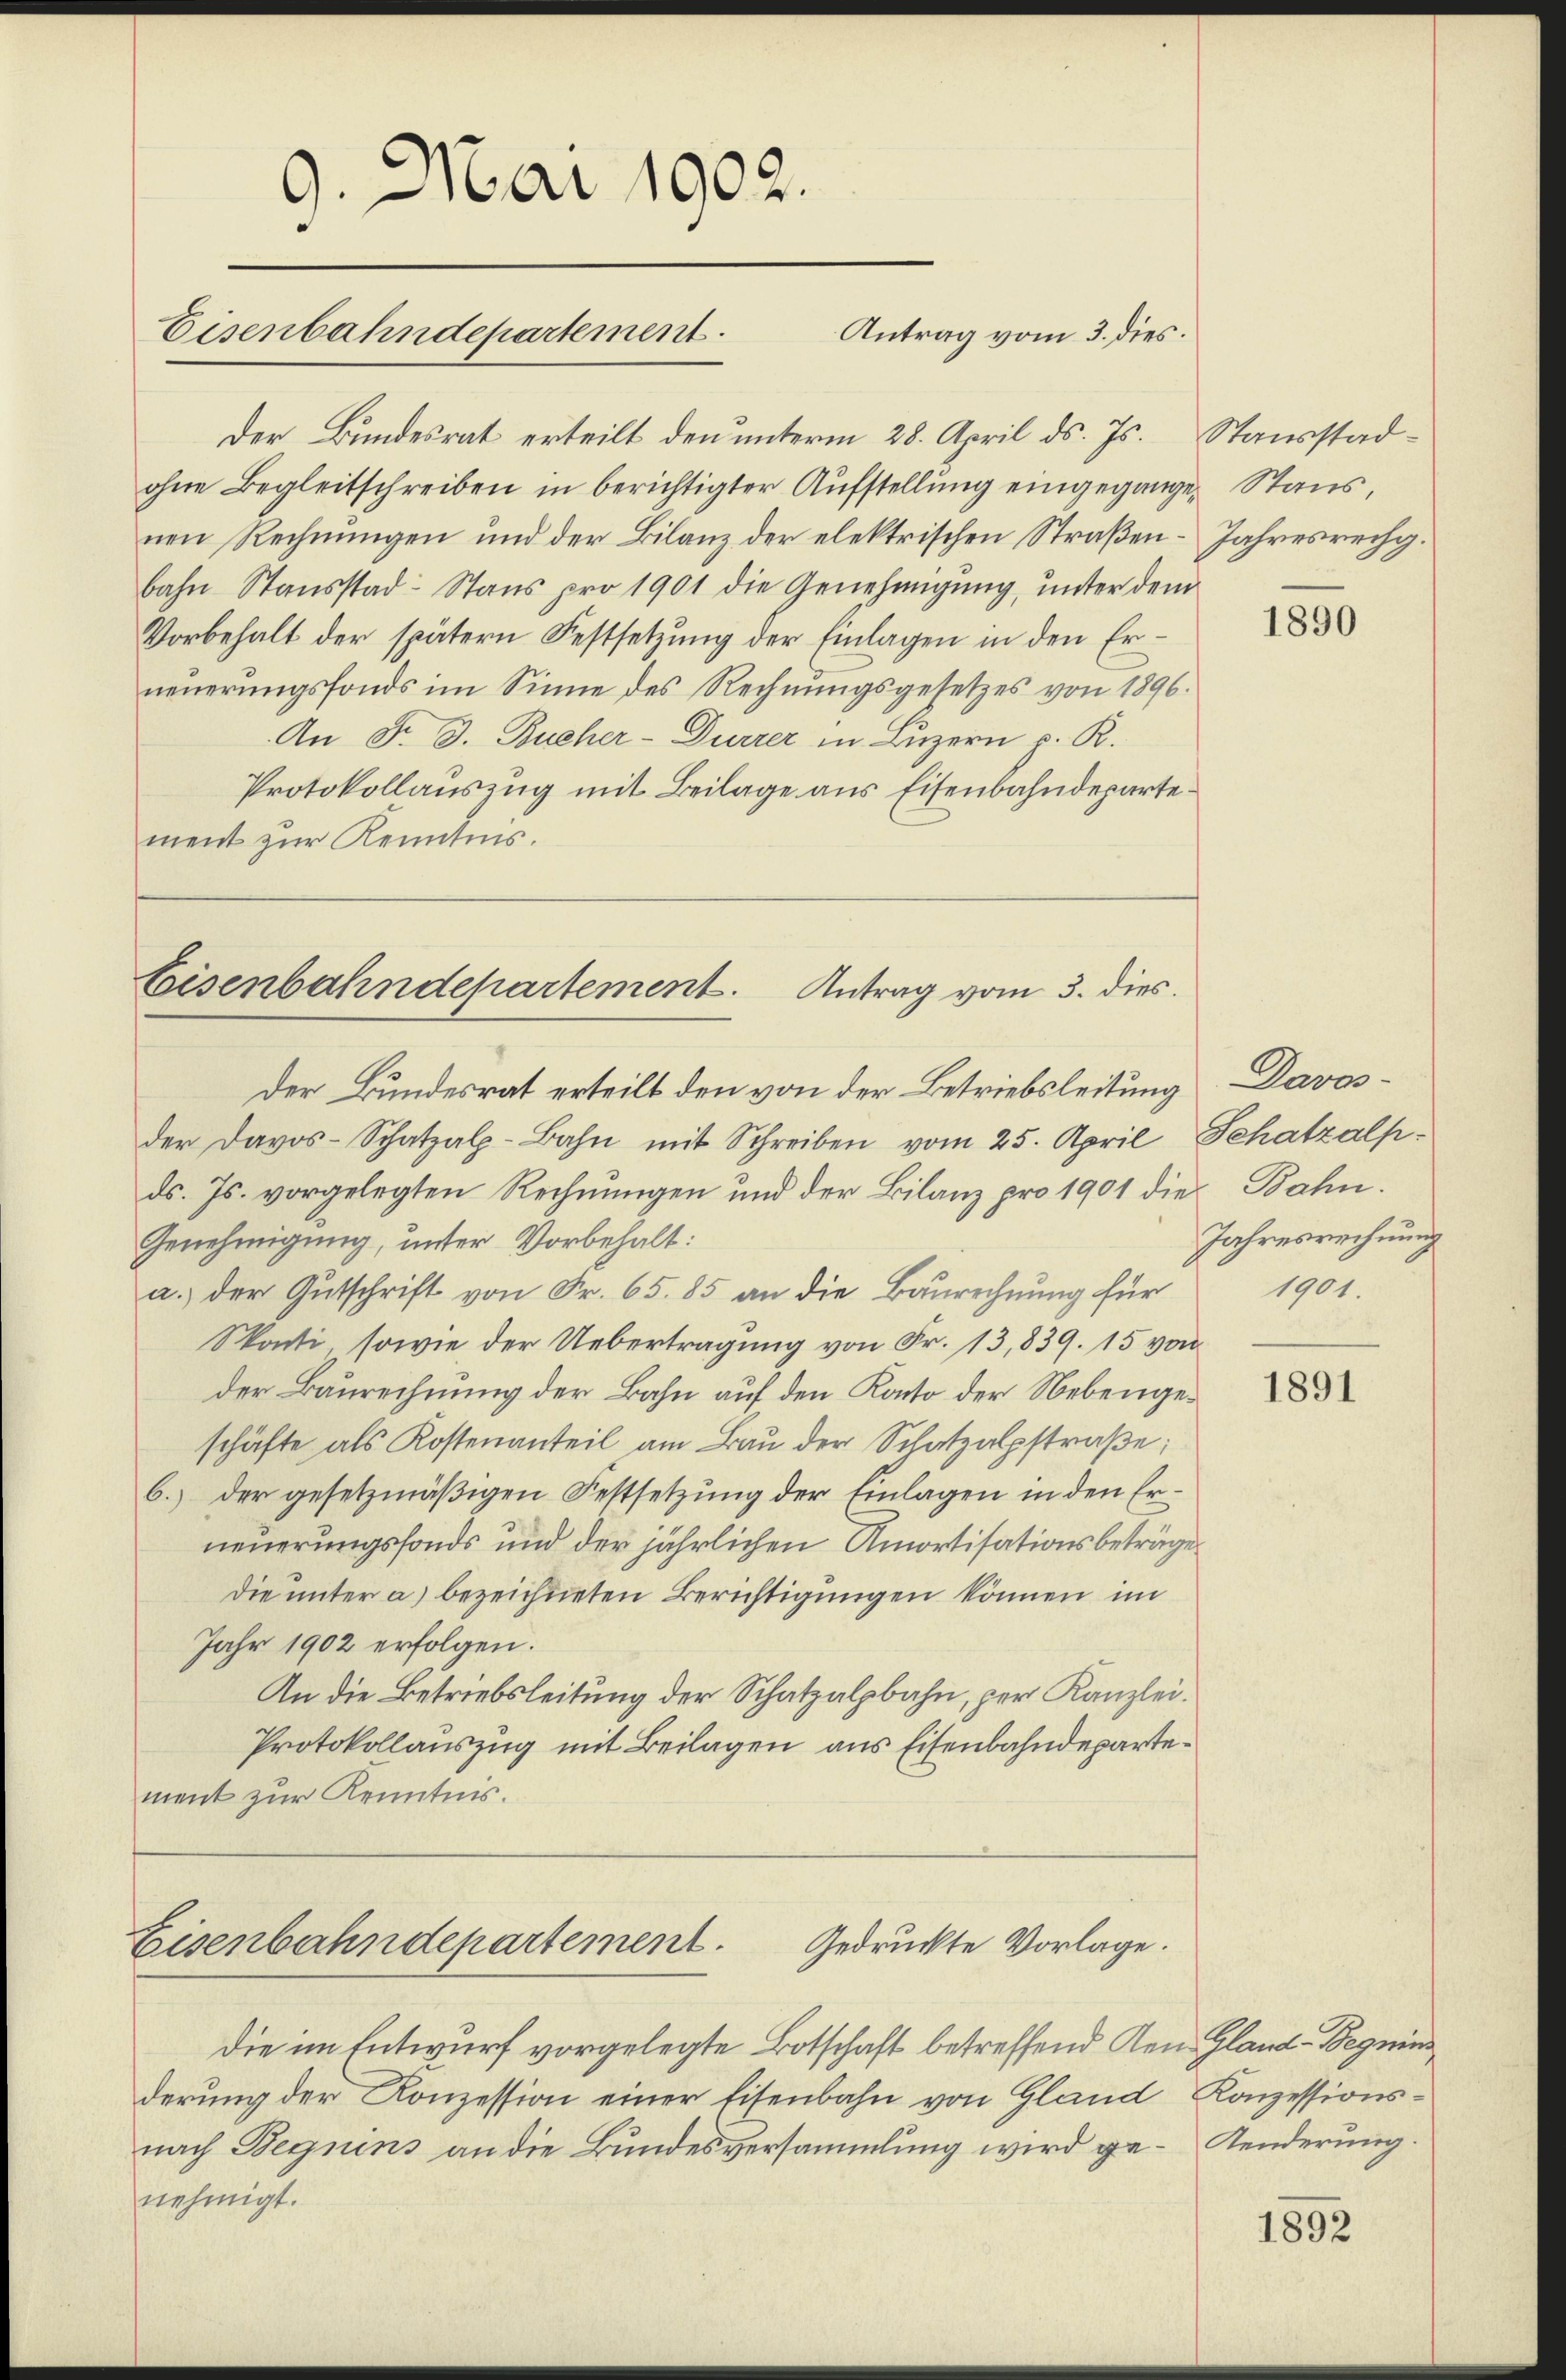
9. Mai 1902.
Antrag vom 3. dies.
Eisenbahndepartement.

Der Bundesrat erteilt den unterm 28. April ds. Js. Stausstadohne Begleitschreiben in berichtigter Aufstellung eingegangen Staus,
nen Rechnungen und der Bilanz der elektrischen Straßen-Jahresrechg.
bahn Stausstad Stans pro 1901 die Genehmigung, unter dem
Vorbehalt der spätern Festsetzung der Einlagen in den Erneŭerŭngsfonds im Sinne des Rechnŭngsgesetzes von 1896.
An F. J. Bucher-Durrer in Luzern p. R.
Protokollauszug mit Beilage aus Eisenbahndepartement zur Kenntnis.

Eisenbahndepartement. Antrag vom 3. dies

der Bundesrat erteilt den von der Betriebsleitung Davasder Davos- Schatzalp-Bahn mit Schreiben vom 25. April, Schatzalp.
ds. Js. vorgelegten Rechnungen und der Bilanz pro 1901 die Bahn.
Genehmigung, unter Vorbehalt:
a.) der Gutschrift von Fr. 65. 85 an die Baurechnung für
Skonti, sowie der Uebertragung von Fr. 13,839. 15 von
der Baurechnung der Bahn auf den Konto der Nebengeschäfte als Kostenanteil am Bau der Schatzalpstraße;
6.) der gesetzmäßigen Festsetzung der Einlagen in den Erneuerungsfonds und der jährlichen Amortisationsbeträge
die unter a) bezeichneten Berichtigungen können im
Jahr 1902 erfolgen.
An die Betriebsleitung der Schatzalpbahn, per Kanzlei¬
Protokollauszug mit Beilagen aus Eisenbahndepartement zur Kenntnis.

Gedruckte Vorlage.
Eisenbahndepartement.

die im Entwurf vorgelegte Botschaft betreffend Gen. Gland-Begnins
derung der Konzession einer Eisenbahn von Gland Konzessionsnach Begnens an die Bundesversammlung wird ge- Aenderung.
nehmigt.

1890

Jahresrechnung
1901.

1891

1892